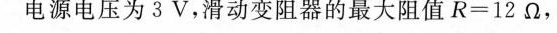
已知电源电压为3V，滑动变阻器的最大阻值R=12\Omega ，